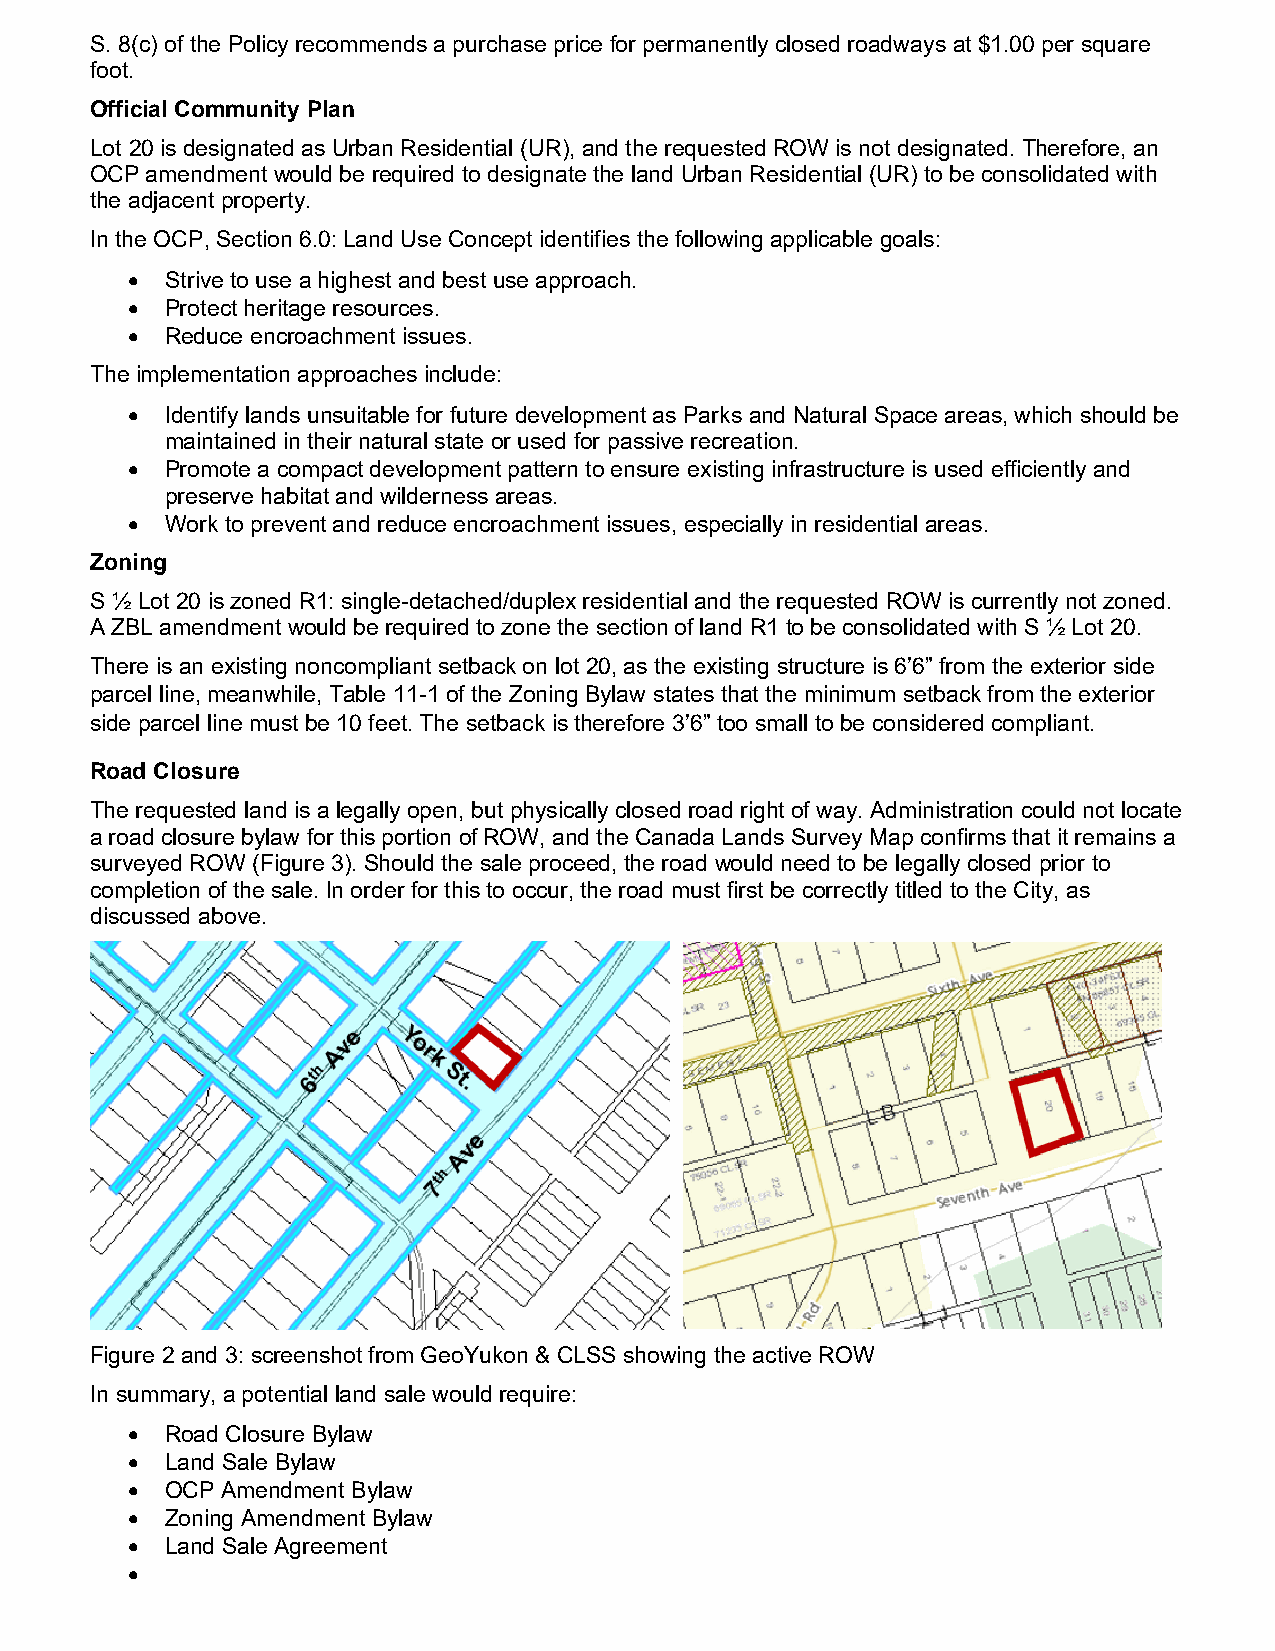
S. 8(c) of the Policy recommends a purchase price for permanently closed roadways at $1.00 per square
 foot.
 Official Community Plan
 Lot 20 is designated as Urban Residential (UR), and the requested ROW is not designated. Therefore, an
 OCP amendment would be required to designate the land Urban Residential (UR) to be consolidated with
 the adjacent property.
 In the OCP, Section 6.0: Land Use Concept identifies the following applicable goals:
 •  Strive to use a highest and best use approach.
 •  Protect heritage resources.
 •  Reduce encroachment issues.
 The implementation approaches include:
 •  Identify lands unsuitable for future development as Parks and Natural Space areas, which should be
 maintained in their natural state or used for passive recreation.
 •  Promote a compact development pattern to ensure existing infrastructure is used efficiently and
 preserve habitat and wilderness areas.
 •  Work to prevent and reduce encroachment issues, especially in residential areas.
 Zoning
 S ½ Lot 20 is zoned R1: single-detached/duplex residential and the requested ROW is currently not zoned.
 A ZBL amendment would be required to zone the section of land R1 to be consolidated with S ½ Lot 20.
 There is an existing noncompliant setback on lot 20, as the existing structure is 6’6” from the exterior side
 parcel line, meanwhile, Table 11-1 of the Zoning Bylaw states that the minimum setback from the exterior
 side parcel line must be 10 feet. The setback is therefore 3’6” too small to be considered compliant.
 Road Closure
 The requested land is a legally open, but physically closed road right of way. Administration could not locate
 a road closure bylaw for this portion of ROW, and the Canada Lands Survey Map confirms that it remains a
 surveyed ROW (Figure 3). Should the sale proceed, the road would need to be legally closed prior to
 completion of the sale. In order for this to occur, the road must first be correctly titled to the City, as
 discussed above.
 Figure 2 and 3: screenshot from GeoYukon & CLSS showing the active ROW
 In summary, a potential land sale would require:
 •  Road Closure Bylaw
 •  Land Sale Bylaw
 •  OCP Amendment Bylaw
 •  Zoning Amendment Bylaw
 •  Land Sale Agreement
 •